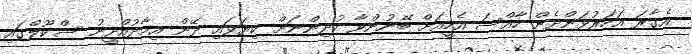
އެގާރަ އަހަރުވަންދެން ހާއްސަ އެހީއަށް ބޭނުންވާ ކުދިންނަށް ކިޔަވައި ދޭން އިމާދުއްދީނު ސްކޫލްގައި